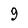
Character: 9